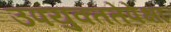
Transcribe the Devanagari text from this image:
उपयुक्ततेपेक्षा